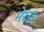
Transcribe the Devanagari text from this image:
मेरहा